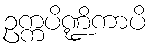
ဥက္ကပိဏ္ဍိကာပိ